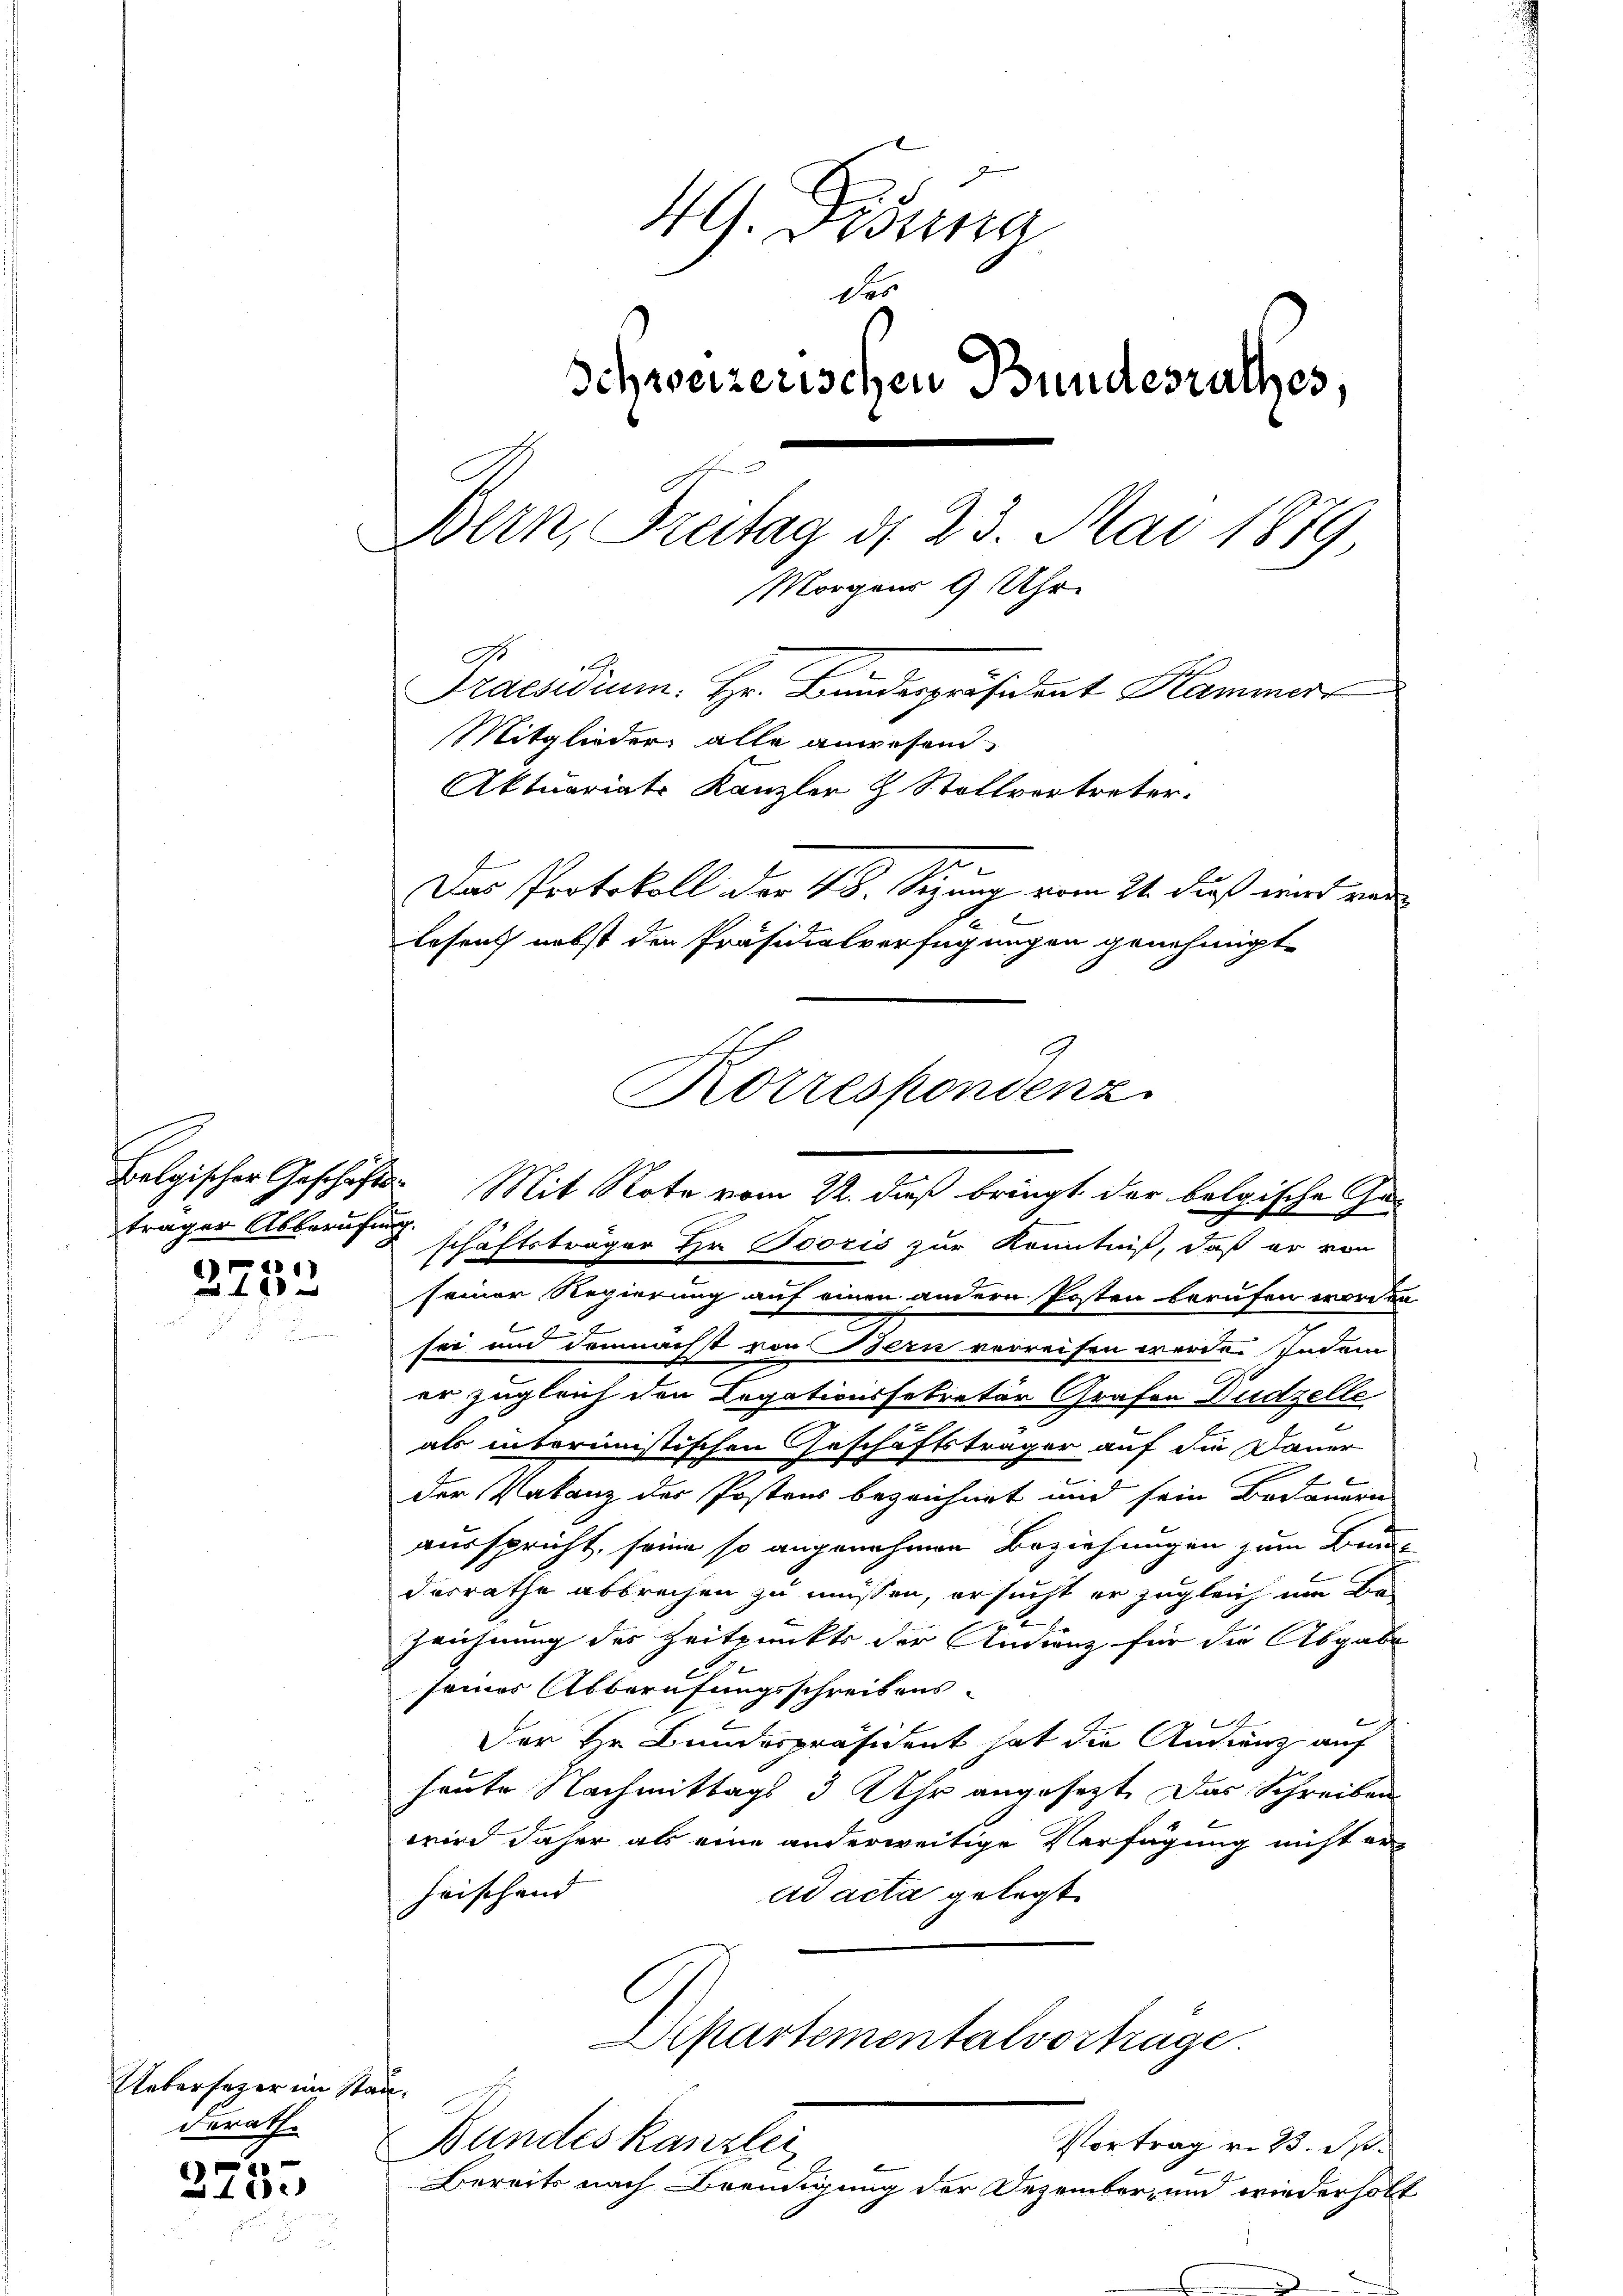
trager Abberufung.

2253

Uebersezer im Standerath.

2753

4G. König
des
Schweizerischen Bundesrathes,
Bern, Freitag d. 23. Mai 1879
Morgens 9 Uhr
Praesidium. Hr. Bundespräsident Hammer
Mitglieder alle angesand¬
Aktuariats Kanzler & Stellvertreter.
Das Protokoll der 48. Segung vom 21. Fuß wird von
Lesung nebst den Präsidialverfügungen genehmigt.

seiner Regierung auf einen andern Posten berufen worden
sei und demnächst von Bern verreisen werde. Indem
er zugleich den Legationssekretär Grafen Dudzelle
als interimistischen Geschäftsträger auf die Dauer
4 x
der Vakanz der Postens bezeichnet und sein Bedauern
ausspricht, seine so angenehmen Beziehungen zum Brunne
desrathe abbrechen zu müssen, ersucht er zugleich um Be-
Zeichnung des Zeitpunkts der Andrenz für die Abgabe
seines Abberufungsschreibens-
Der Hr. Bundespräsident hat die Audienz auf
heute Nachmittags 3 Uhr angesetzt. Das Schreiben
wird daher als eine anderweitige Verfügung nicht er-
heischend
ad acta gelegt
Departementalvorträge.
Vortrag v. 23. Sp
Bundeskanzlei
Bereits nach Beendigung der Dezember, und wiederholt

Korrespondenz
Belgischer Geschäfts Mit Note vom 22. daß bringt der belgische Geschäftsträger Hr. Poozis zur Kenntniß, daß er von